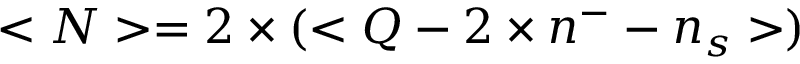
< N > = { 2 } \times ( < Q - 2 \times n ^ { - } - n _ { s } > )